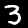
Label: 3